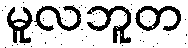
မူလဘူတ